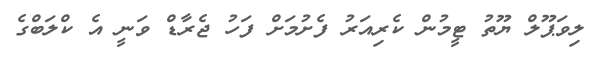
ލިވަޕޫލް ޔޫތު ޓީމުން ކެރިއަރު ފެށުމަށް ފަހު ޖެރާޑް ވަނީ އެ ކްލަބްގެ